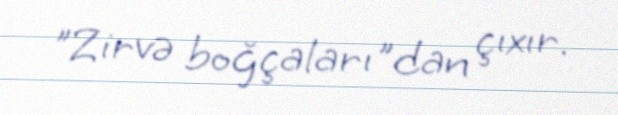
"Zirvə boğçaları"dan çıxır.